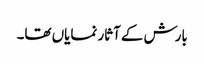
بارش کے آثار نمایاں تھا۔